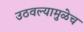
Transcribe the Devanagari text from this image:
उठवल्यामुळेच